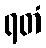
ရတံ